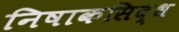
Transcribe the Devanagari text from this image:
निषाकसिद्ध